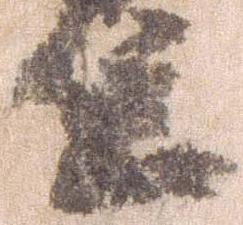
笠